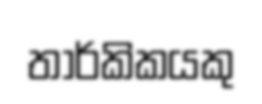
තාර්කිකයකු